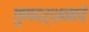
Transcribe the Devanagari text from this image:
गुणदर्शनाचे